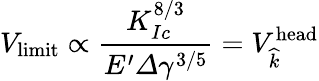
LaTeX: V_{\textrm{limit}}\propto\frac{K_{Ic}^{8/3}}{E^{\prime}\varDelta\gamma^{3/5}}=V_{\widehat{k}}^{\textrm{head}}